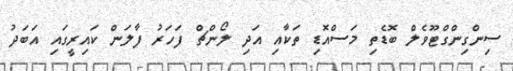
ސިންގިންގްޓޫވެލް ބޮޑެތި މަސްއޮޑި ތަކާއި އަދި ލޯންޗް ފަހަރު ފާލަން ކައިރީގައި އަބަދު